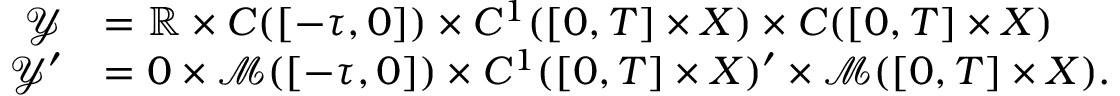
\begin{array} { r l } { \mathcal { Y } } & { = \mathbb { R } \times C ( [ - \tau , 0 ] ) \times C ^ { 1 } ( [ 0 , T ] \times X ) \times C ( [ 0 , T ] \times X ) } \\ { \mathcal { Y } ^ { \prime } } & { = 0 \times \mathcal { M } ( [ - \tau , 0 ] ) \times C ^ { 1 } ( [ 0 , T ] \times X ) ^ { \prime } \times \mathcal { M } ( [ 0 , T ] \times X ) . } \end{array}